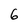
Character: 6